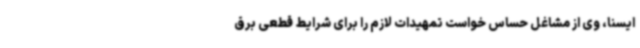
ایسنا، وی از مشاغل حساس خواست تمهیدات لازم را برای شرایط قطعی برق